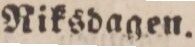
Riksdagen.